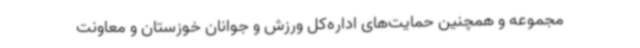
مجموعه و همچنین حمایت‌های اداره‌کل ورزش و جوانان خوزستان و معاونت